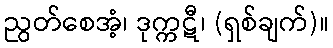
ညွတ်စေအံ့၊ ဒုက္ကဋီ၊ (ရှစ်ချက်)။